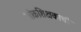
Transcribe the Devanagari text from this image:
लोकशिक्षकाची